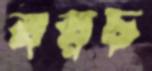
বরচ